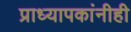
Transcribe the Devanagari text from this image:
प्राध्यापकांनीही